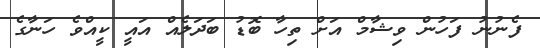
ފެނުނު ފަހުން ވިޝާމް އަށް ތިހާ ބޮޑު ބަދަލެއް އައީ ކީއްވެ ހަނާގެ